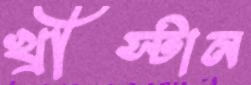
খ্রীস্টান